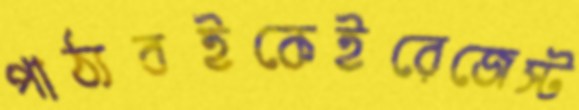
পাঠ্যবইকেইরেজেস্ট